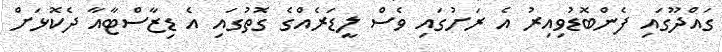
ގައްދޫގައި ފެންބޮޑުވިއިރު އެ ރަށުގައި ވެސް ލީޑަރެއްގެ ގޮތުގައި އެ ޑިޒާސްޓާއާ ދެކޮޅަށް